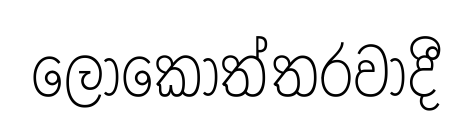
ලෝකෝත්තරවාදී